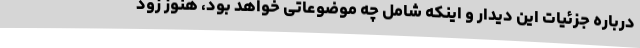
درباره جزئیات این دیدار و اینکه شامل چه موضوعاتی خواهد بود، هنوز زود